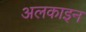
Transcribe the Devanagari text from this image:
अलकाइन